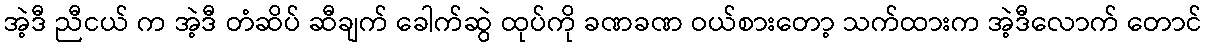
အဲ့ဒီ ညီငယ် က အဲ့ဒီ တံဆိပ် ဆီချက် ခေါက်ဆွဲ ထုပ်ကို ခဏခဏ ဝယ်စားတော့ သက်ထားက အဲ့ဒီလောက် တောင်